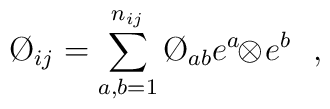
\O_{ij}=\sum_{a,b=1}^{n_{ij}}\O_{ab}e^{a}\!\!\otimes\! e^{b} \ \ ,